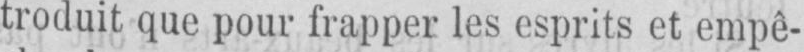
troduit que pour frapper les esprits et empê-